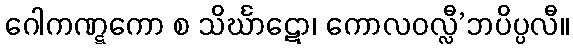
ဂေါကဏ္ဋကော စ သိင်္ဃာဋော၊ ကောလဝလ္လီ’ဘပိပ္ပလီ။